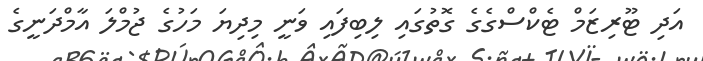
އަދި ޓޫރިޒަމް ޓެކްސްގެގެ ގޮތުގައި ލިބިފައި ވަނީ މިދިޔަ މަހުގެ ޖުމްލަ އާމްދަނީގެ